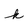
Character: k